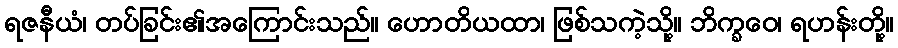
ရဇနီယံ၊ တပ်ခြင်း၏အကြောင်းသည်။ ဟောတိယထာ၊ ဖြစ်သကဲ့သို့။ ဘိက္ခဝေ၊ ရဟန်းတို့။